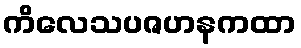
ကိလေသပဇဟနကထာ